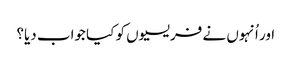
‏ اور اُنہوں نے فریسیوں کو کیا جواب دیا؟